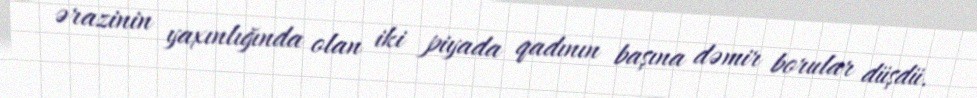
ərazinin yaxınlığında olan iki piyada qadının başına dəmir borular düşdü.